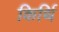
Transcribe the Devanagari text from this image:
किर्थि